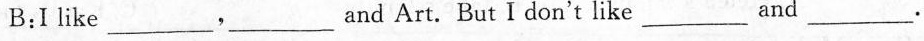
B:I like ___,___ and Art.But I don't like ___ and ___.